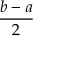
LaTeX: \frac { b - a } { 2 }